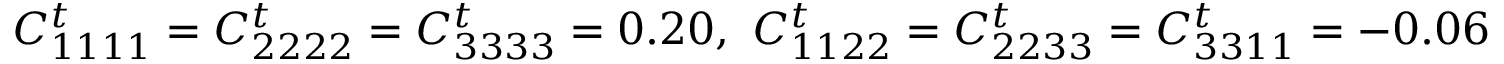
C _ { 1 1 1 1 } ^ { t } = C _ { 2 2 2 2 } ^ { t } = C _ { 3 3 3 3 } ^ { t } = 0 . 2 0 , ~ C _ { 1 1 2 2 } ^ { t } = C _ { 2 2 3 3 } ^ { t } = C _ { 3 3 1 1 } ^ { t } = - 0 . 0 6